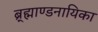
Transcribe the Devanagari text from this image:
ब्र्ह्माण्डनायिका